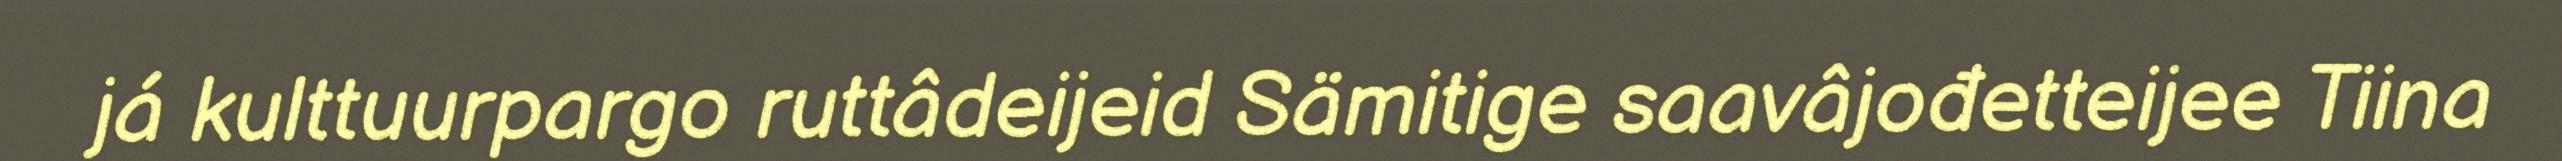
já kulttuurpargo ruttâdeijeid Sämitige saavâjođetteijee Tiina